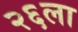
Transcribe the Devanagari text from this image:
२६ला